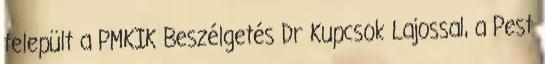
települt a PMKIK Beszélgetés Dr Kupcsok Lajossal, a Pest